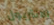
الانتربول